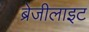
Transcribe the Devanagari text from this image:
ब्रेजीलाइट